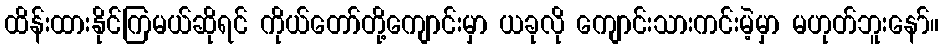
ထိန်းထားနိုင်ကြမယ်ဆိုရင် ကိုယ်တော်တို့ကျောင်းမှာ ယခုလို ကျောင်းသားကင်းမဲ့မှာ မဟုတ်ဘူးနော်။